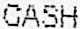
CASH